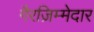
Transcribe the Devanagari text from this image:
गैरज़िम्मेदार